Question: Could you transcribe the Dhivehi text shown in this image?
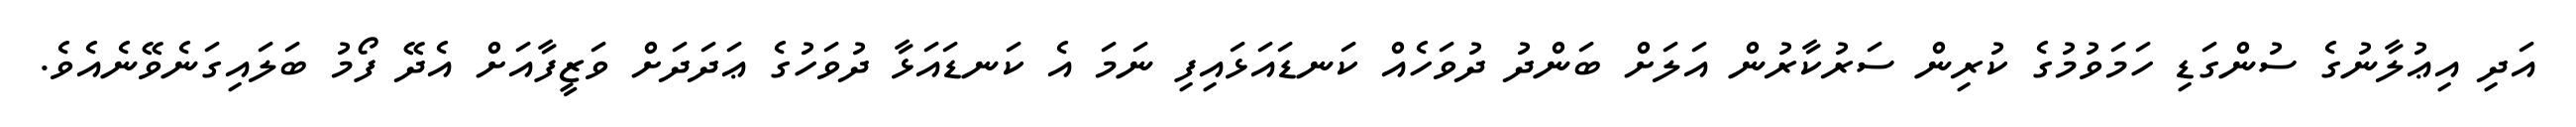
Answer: އަދި އިޢުލާނުގެ ސުންގަޑި ހަމަވުމުގެ ކުރިން ސަރުކާރުން އަލަށް ބަންދު ދުވަހެއް ކަނޑައަޅައިފި ނަމަ އެ ކަނޑައަޅާ ދުވަހުގެ ޢަދަދަށް ވަޒީފާއަށް އެދޭ ފޯމު ބަލައިގަނެވޭނެއެވެ.